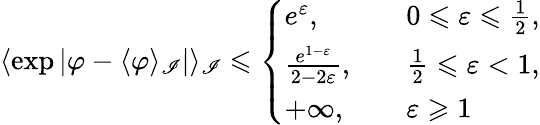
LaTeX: \langle\exp|\varphi-\langle\varphi\rangle_{\mathscr{I}}|\rangle_{\mathscr{I}}\leqslant\left\{ \begin{array}{ll}{e^{\varepsilon},}&{\quad 0\leqslant\varepsilon\leqslant\frac{1}{2},}\\ {\frac{e^{1-\varepsilon}}{2-2\varepsilon},}&{\quad\frac{1}{2}\leqslant\varepsilon<1,}\\ {+\infty,}&{\quad\varepsilon\geqslant 1}\end{array}\right.